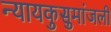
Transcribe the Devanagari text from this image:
न्यायकुसुमांजली